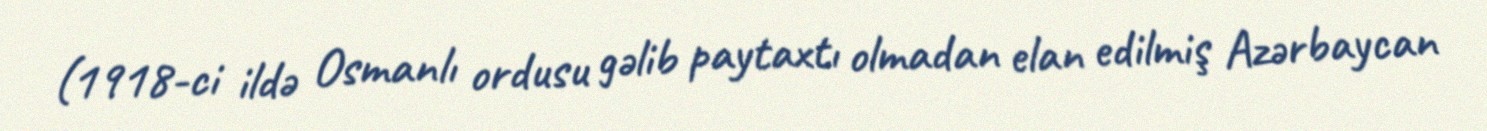
(1918-ci ildə Osmanlı ordusu gəlib paytaxtı olmadan elan edilmiş Azərbaycan